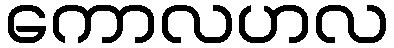
ကောလဟလ